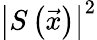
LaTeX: \left|S\left(\vec{x}\right)\right|^{2}